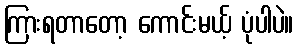
ကြားရတာတော့ ကောင်းမယ့် ပုံပါပဲ။